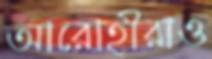
আরোহীরাও